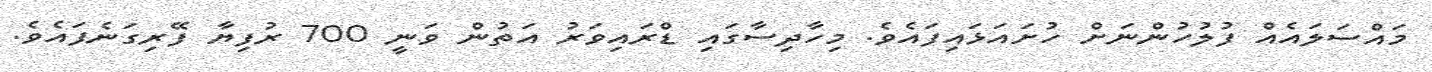
މައްސަލައެއް ފުލުހުންނަށް ހުށައަޅައިފައެވެ. މިހާދިސާގައި ޑްރައިވަރު އަތުން ވަނީ 700 ރުފިޔާ ފޭރިގަނެފައެވެ.